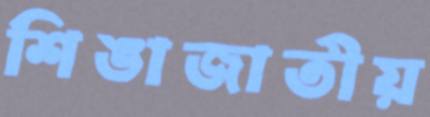
শিঙাজাতীয়